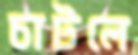
চাটলে